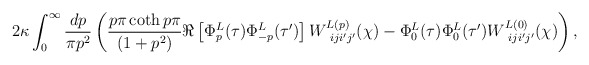
\begin{align*}2\kappa \int_0^\infty \frac{dp}{\pi p^2}\left(\frac{p\pi \coth p\pi}{(1+p^2)}\Re \left[\Phi_{p}^{L}(\tau )\Phi_{-p}^{L}(\tau ')\right]W_{\ iji'j'}^{L(p)}(\chi)-\Phi_{0}^{L}(\tau)\Phi_{0}^{L}(\tau ')W_{\ iji'j'}^{L(0)}(\chi)\right),\end{align*}